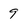
Character: 9